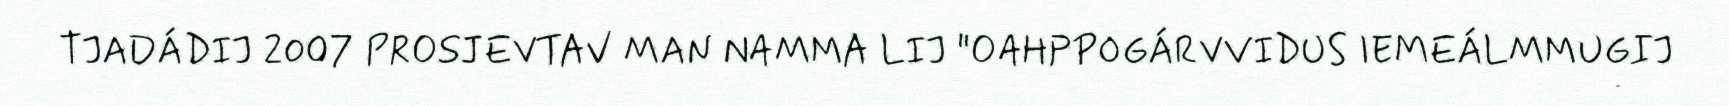
TJADÁDIJ 2007 PROSJEVTAV MAN NAMMA LIJ "OAHPPOGÁRVVIDUS IEMEÁLMMUGIJ